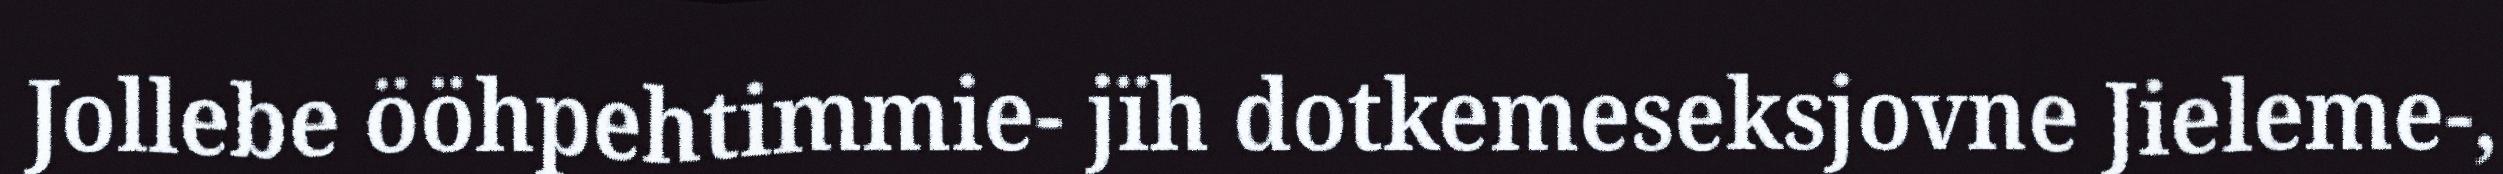
Jollebe ööhpehtimmie- jïh dotkemeseksjovne ​Jieleme-,